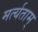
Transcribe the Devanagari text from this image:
मर्त्यताम्